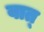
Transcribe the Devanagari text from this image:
वात्